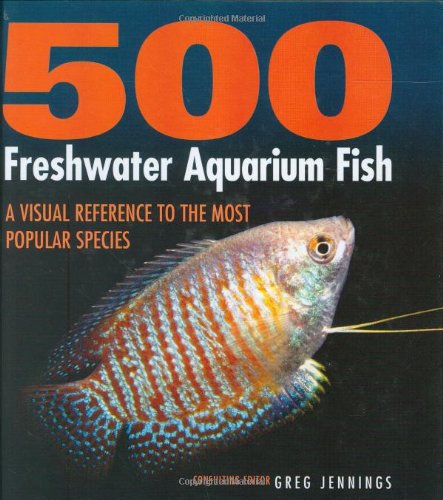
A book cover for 500 Freshwater Aquarium Fish: A Visual Reference to the Most Popular Species; Crafts, Hobbies & Home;